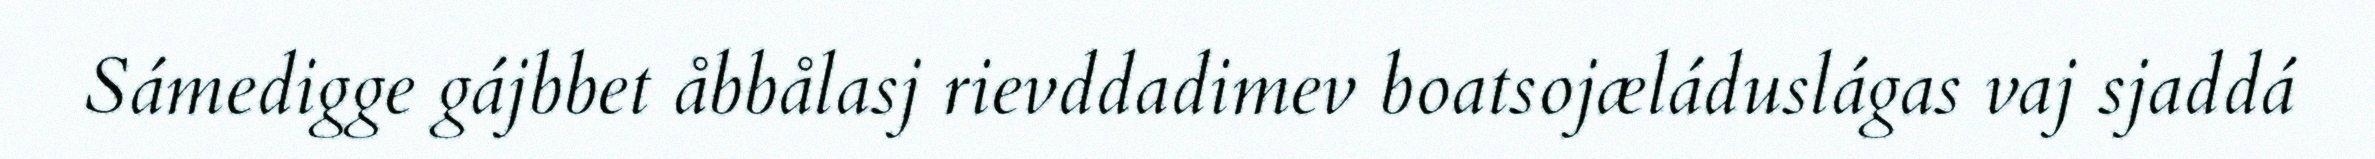
Sámedigge gájbbet åbbålasj rievddadimev boatsojæláduslágas vaj sjaddá